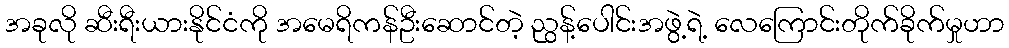
အခုလို ဆီးရီးယားနိုင်ငံကို အမေရိကန်ဦးဆောင်တဲ့ ညွန့်ပေါင်းအဖွဲ့ရဲ့ လေကြောင်းတိုက်ခိုက်မှုဟာ